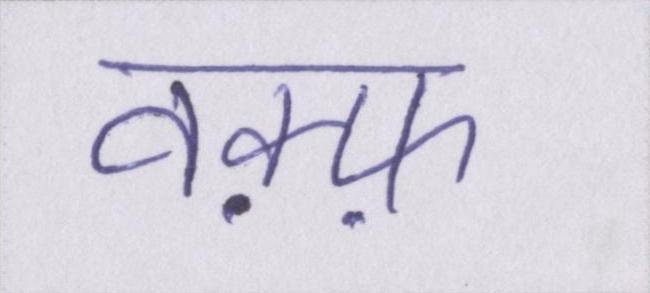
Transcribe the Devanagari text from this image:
वक़्फ़